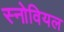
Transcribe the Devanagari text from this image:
स्नोवियल